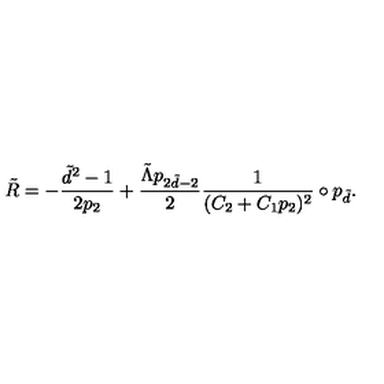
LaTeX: \tilde { R } = - \frac { \tilde { d } ^ { 2 } - 1 } { 2 p _ { 2 } } + \frac { \tilde { \Lambda } p _ { 2 \tilde { d } - 2 } } { 2 } \frac { 1 } { ( C _ { 2 } + C _ { 1 } p _ { 2 } ) ^ { 2 } } \circ p _ { \tilde { d } } .